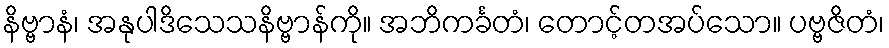
နိဗ္ဗာနံ၊ အနုပါဒိသေသနိဗ္ဗာန်ကို။ အဘိကင်္ခတံ၊ တောင့်တအပ်သော။ ပဗ္ဗဇိတံ၊